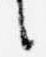
言